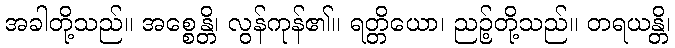
အခါတို့သည်။ အစ္စေန္တိ၊ လွန်ကုန်၏။ ရတ္တိယော၊ ညဉ့်တို့သည်။ တရယန္တိ၊